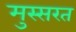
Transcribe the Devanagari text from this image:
मुस्सरत